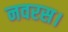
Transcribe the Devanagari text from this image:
नवरस।